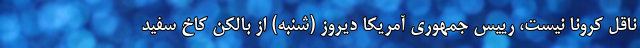
ناقل کرونا نیست، رییس جمهوری آمریکا دیروز (شنبه) از بالکن کاخ سفید